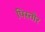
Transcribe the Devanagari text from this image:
पिस्तोर